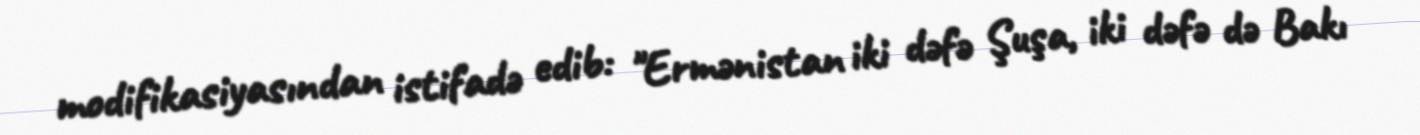
modifikasiyasından istifadə edib: "Ermənistan iki dəfə Şuşa, iki dəfə də Bakı